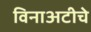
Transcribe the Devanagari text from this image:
विनाअटीचे